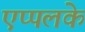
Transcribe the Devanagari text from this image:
एप्पलके